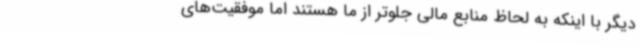
دیگر با اینکه به لحاظ منابع مالی جلوتر از ما هستند اما موفقیت‌های